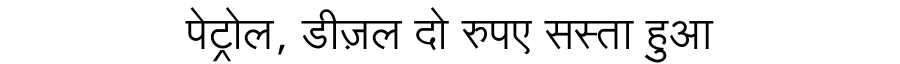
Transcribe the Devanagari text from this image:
पेट्रोल, डीज़ल दो रुपए सस्ता हुआ